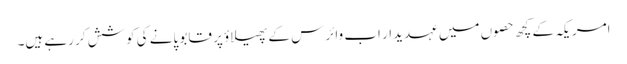
امریکہ کے کچھ حصوں میں عہدیدار اب وائرس کے پھیلاؤ پر قابو پانے کی کوشش کر رہے ہیں۔